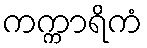
ကက္ကာရိကံ